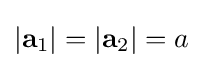
|\mathbf {a} _{1}|=|\mathbf {a} _{2}|=a